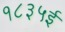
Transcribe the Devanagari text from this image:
१८३५ई